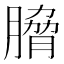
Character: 𮌯